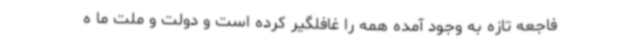
فاجعه تازه به وجود آمده همه را غافلگیر کرده است و دولت و ملت ما ه